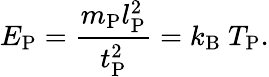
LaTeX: E_{\mathrm{P}}={\frac{m_{\mathrm{P}}l_{\mathrm{P}}^{2}}{t_{\mathrm{P}}^{2}}}=k_{\mathrm{B}}\ T_{\mathrm{P}}.